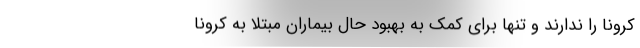
کرونا را ندارند و تنها برای کمک به بهبود حال بیماران مبتلا به کرونا